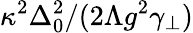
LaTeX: \kappa^{2}\Delta_{0}^{2}/(2\Lambda g^{2}\gamma_{\perp})